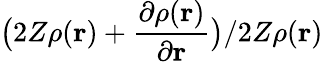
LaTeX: \big(2Z\rho(\mathbf{r})+\frac{\partial\rho(\mathbf{r})}{\partial\mathbf{r}}\big)/2Z\rho(\mathbf{r})